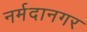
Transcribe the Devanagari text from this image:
नर्मदानगर